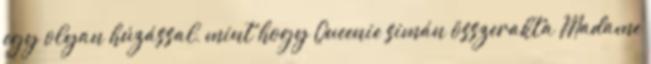
egy olyan húzással, mint hogy Queenie simán összerakta Madame